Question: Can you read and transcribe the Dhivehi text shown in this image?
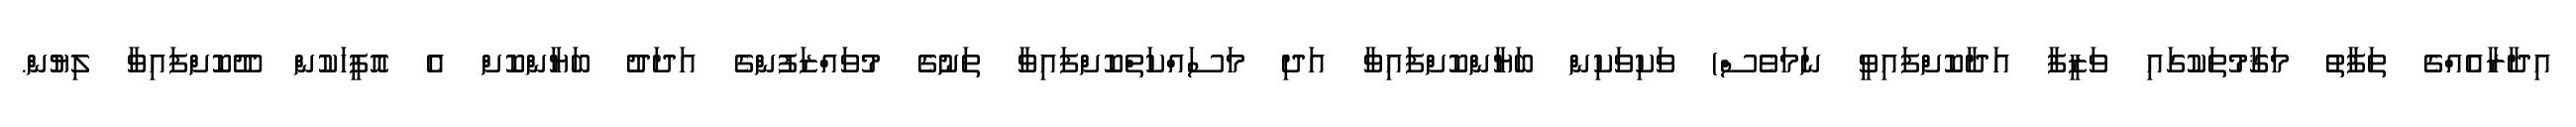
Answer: އިދާރާއެއްގެ ތަފާތު މަޤާމުތަކުގައި ވަޒީފާ އަދާކޮށްފައިވީ ނަމަވެސް) ވަކިވަކިން ބަޔާންކޮށްފައިވާ އަދި މަސައްކަތްކޮށްފައިވާ ތަނުގެ މުވައްޒަފުންގެ އަދަދު ބަޔާންކޮށް އެ އޮފީހަކުން ދޫކޮށްފައިވާ ލިޔުން.